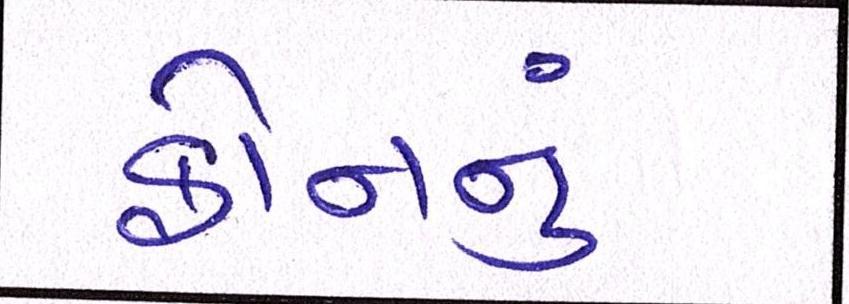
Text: ફોનનું